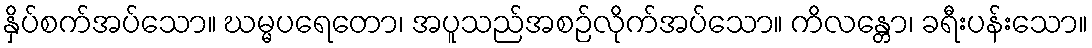
နှိပ်စက်အပ်သော။ ဃမ္မပရေတော၊ အပူသည်အစဉ်လိုက်အပ်သော။ ကိလန္တော၊ ခရီးပန်းသော။